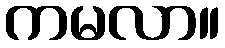
ကမလာ။